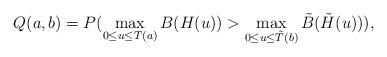
LaTeX: \begin{align*}Q(a,b)=P(\max_{0\le u\le T(a)}B(H(u))>\max_{0\le u \le \tilde{T}(b)}\tilde{B}(\tilde{H}(u))),\end{align*}